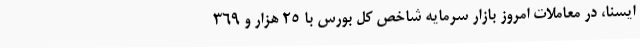
ایسنا، در معاملات امروز بازار سرمایه شاخص کل بورس با 25 هزار و 369